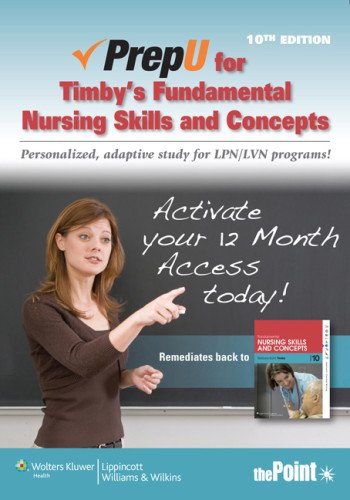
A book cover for PrepU for Timby's Fundamental Nursing Skills and Concepts; Barbara K. Timby RN  BC  BSN  MA; Medical Books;